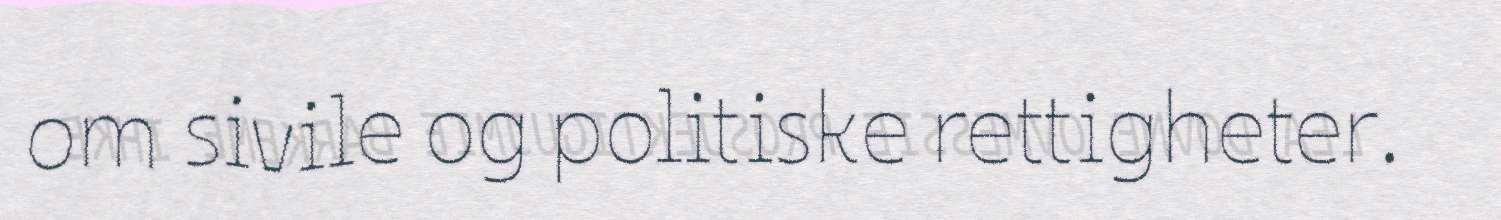
om sivile og politiske rettigheter.